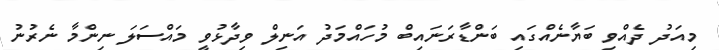
މިއަދު ދެއްވި ބަޔާނެއްގައި ބަންޑާރަނައިބް މުހައްމަދު އަނިލް ވިދާޅުވީ މައްސަލަ ނިންމާ ނެރުނު